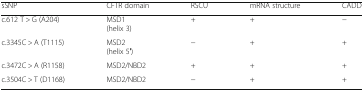
<table><thead><tr><td><b>sSNP</b></td><td><b>CFTR domain</b></td><td><b>RSCU</b></td><td><b>mRNA structure</b></td><td><b>CADD</b></td></tr></thead><tbody><tr><td>c.612 T &gt; G (A204)</td><td>MSD1(helix 3)</td><td>+</td><td>+</td><td>−</td></tr><tr><td>c.3345C &gt; A (T1115)</td><td>MSD2(helix 5′)</td><td>−</td><td>+</td><td>+</td></tr><tr><td>c.3472C &gt; A (R1158)</td><td>MSD2/NBD2</td><td>+</td><td>+</td><td>+</td></tr><tr><td>c.3504C &gt; T (D1168)</td><td>MSD2/NBD2</td><td>−</td><td>+</td><td>+</td></tr></tbody></table>